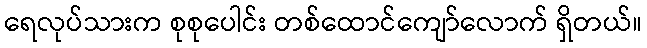
ရေလုပ်သားက စုစုပေါင်း တစ်ထောင်ကျော်လောက် ရှိတယ်။